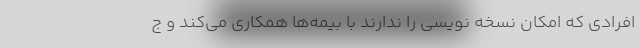
افرادی که امکان نسخه نویسی را ندارند با بیمه‌ها همکاری می‌کند و ج